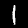
Label: 1